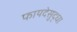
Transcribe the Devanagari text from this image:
फायदेसुद्धा